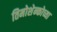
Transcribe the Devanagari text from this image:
तिमोशेन्कोच्या